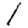
Digit: 1